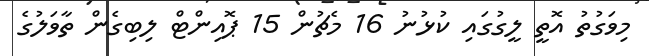
މިވަގުތު އޮތީ ލީގުގައި ކުޅުނު 16 މެޗުން 15 ޕޮއިންޓް ލިބިގެން ތާވަލުގެ